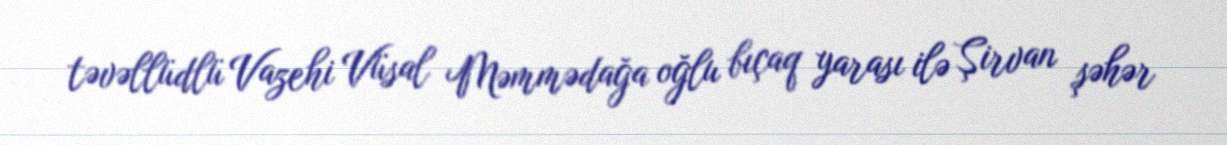
təvəllüdlü Vazehi Vüsal Məmmədağa oğlu bıçaq yarası ilə Şirvan şəhər